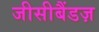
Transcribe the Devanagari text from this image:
जीसीबैंडज़